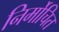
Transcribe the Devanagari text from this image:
निर्मोचित